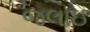
જલાઇ